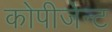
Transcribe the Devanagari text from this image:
कोपीजेन्ट